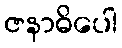
ဇနာဓိပေါ